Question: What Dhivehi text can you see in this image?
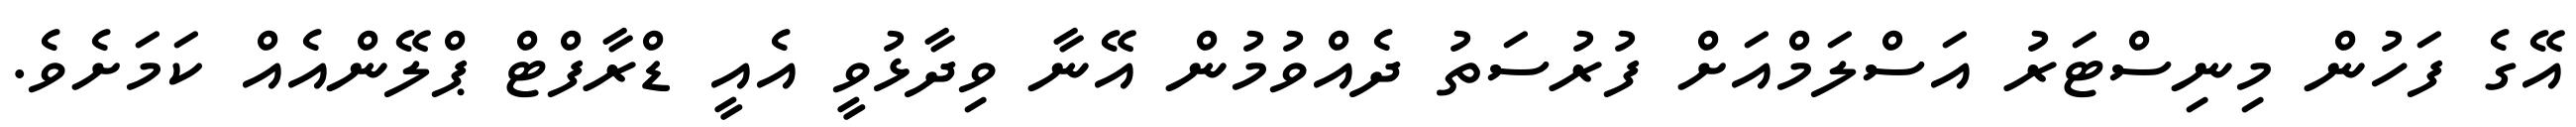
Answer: އޭގެ ފަހުން މިނިސްޓަރު އަސްލަމްއަށް ފުރުސަތު ދެއްވުމުން އޭނާ ވިދާޅުވީ އެއީ ޑްރާފްޓް ޕްލޭންއެއް ކަމަށެވެ.